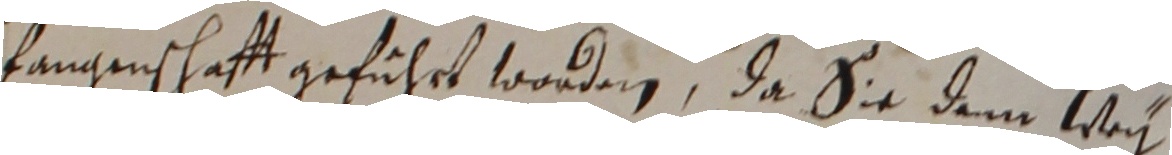
fangenschaft geführt worden, da sie dem weien